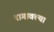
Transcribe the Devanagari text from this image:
रागावल्या